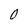
Character: o